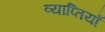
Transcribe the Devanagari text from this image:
व्याप्तियाँ